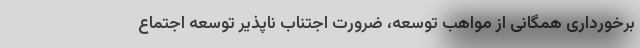
برخورداری همگانی از مواهب توسعه، ضرورت اجتناب ناپذیر توسعه اجتماع